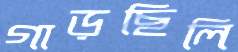
গাড়ছিলি